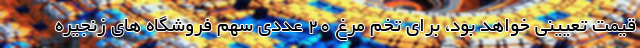
قیمت تعیینی خواهد بود، برای تخم مرغ ۲۰ عددی سهم فروشگاه های زنجیره